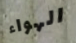
الهواء